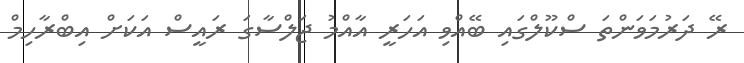
ރޭ ދަރުމަވަންތަ ސްކޫލްގައި ބޭއްވި އަހަރީ އާއްމު ޖަލްސާގަ ރައީސް އަކަށް އިބްރާހިމް